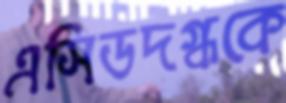
এসিডদগ্ধকে